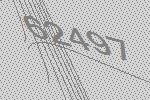
62497